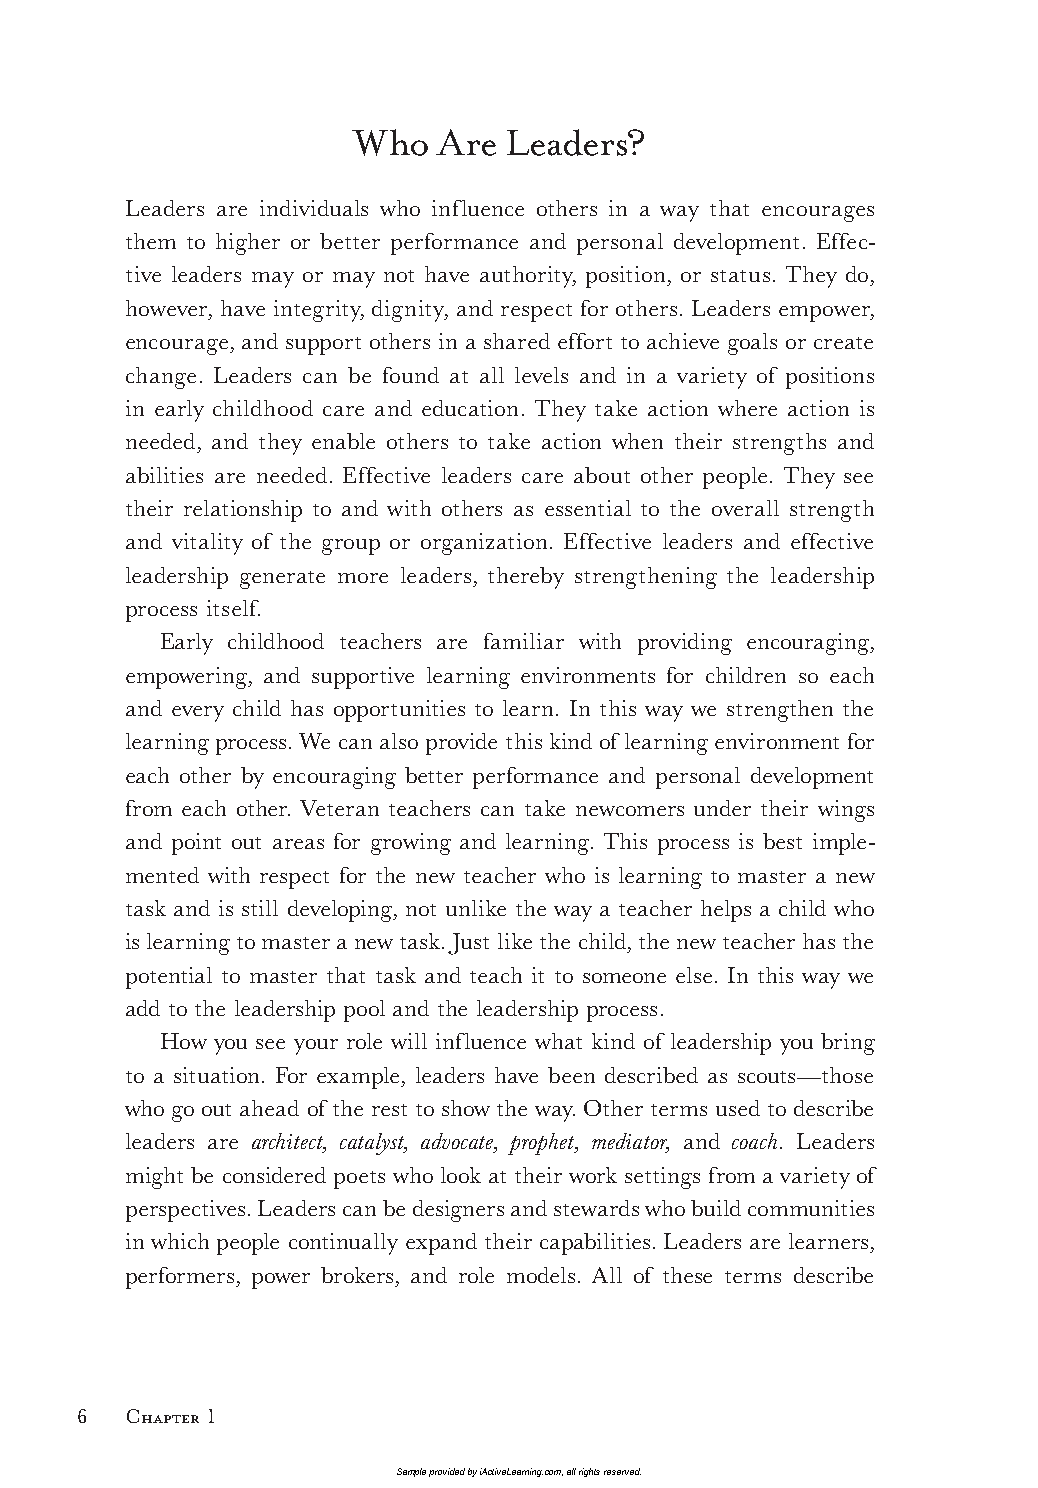
Who   Are Leaders?
 Leaders are individuals who influence others in a way that encourages
 them to higher or better performance and personal development. Effec-
 tive leaders may or may not have authority, position, or status. They do,
 however, have integrity, dignity, and respect for others. Leaders empower,
 encourage, and support others in a shared effort to achieve goals or create
 change. Leaders can be found at all levels and in a variety of positions
 in early childhood care and education. They take action where action is
 needed, and they enable others to take action when their strengths and
 abilities are needed. Effective leaders care about other people. They see
 their relationship to and with others as essential to the overall strength
 and vitality of the group or organization. Effective leaders and effective
 leadership generate more leaders, thereby strengthening the leadership
 process itself.
 Early childhood teachers are familiar with providing encouraging,
 empowering, and supportive learning environments for children so each
 and every child has opportunities to learn. In this way we strengthen the
 learning process. We can also provide this kind of learning environment for
 each other by encouraging better performance and personal development
 from each other. Veteran teachers can take newcomers under their wings
 and point out areas for growing and learning. This process is best imple-
 mented with respect for the new teacher who is learning to master a new
 task and is still developing, not unlike the way a teacher helps a child who
 is learning to master a new task. Just like the child, the new teacher has the
 potential to master that task and teach it to someone else. In this way we
 add to the leadership pool and the leadership process.
 How you see your role will influence what kind of leadership you bring
 to a situation. For example, leaders have been described as scouts—those
 who go out ahead of the rest to show the way. Other terms used to describe
 leaders are architect, catalyst, advocate, prophet, mediator, and coach. Leaders
 might be considered poets who look at their work settings from a variety of
 perspectives. Leaders can be designers and stewards who build communities
 in which people continually expand their capabilities. Leaders are learners,
 performers, power brokers, and role models. All of these terms describe
 6  Chapter 1
 Sample provided by iActiveLearning.com, all rights reserved.
 LTL2_FINALpp.indd 6                                         11/4/09 3:21:08 PM